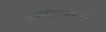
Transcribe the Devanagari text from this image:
दमास्कसमध्ये